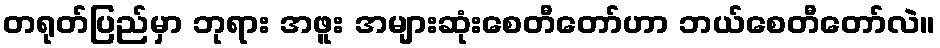
တရုတ်ပြည်မှာ ဘုရား အဖူး အများဆုံးစေတီတော်ဟာ ဘယ်စေတီတော်လဲ။